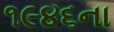
૧૯૪૬ના